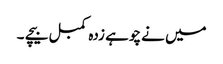
میں نے چوہے زدہ کمبل بیچے ۔